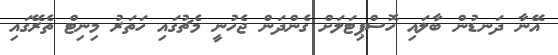
އޭނާ ދަނޑުން ބާލައި ހޮސްޕިޓަލަށް ގެންދަން ޖެހުނީ މެޗުގައި ހަތަރު މިނިޓް ތެރޭގައި